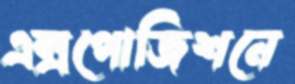
এক্সপোজিশনে